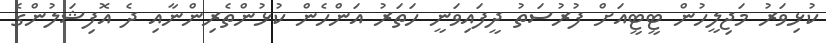
ކުޅިވަރު މަޖިލީހުން ޓީޓީއަށް ފުރުސަތު ދީފައިވަނީ ހަތަރު އަންހެން ކުޅުންތެރިންނާއި ދެ އޮފިޝަލުންގެ